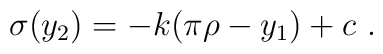
\sigma (y_2) = - k (\pi \rho - y_1) + c ~.~\,